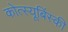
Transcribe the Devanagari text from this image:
कोत्स्यूबिंस्की